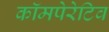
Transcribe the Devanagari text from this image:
कॉमपेरेटिव